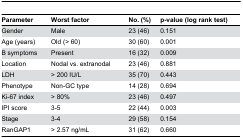
<table><thead><tr><td><b>Parameter</b></td><td><b>Worst factor</b></td><td><b>No. (%)</b></td><td><b>p-value (log rank test)</b></td></tr></thead><tbody><tr><td>Gender</td><td>Male</td><td>23 (46)</td><td>0.151</td></tr><tr><td>Age (years)</td><td>Old (&gt; 60)</td><td>30 (60)</td><td>0.001</td></tr><tr><td>B symptoms</td><td>Present</td><td>16 (32)</td><td>0.009</td></tr><tr><td>Location</td><td>Nodal vs. extranodal</td><td>23 (46)</td><td>0.881</td></tr><tr><td>LDH</td><td>&gt; 200 IU/L</td><td>35 (70)</td><td>0.443</td></tr><tr><td>Phenotype</td><td>Non-GC type</td><td>14 (28)</td><td>0.694</td></tr><tr><td>Ki-67 index</td><td>&gt; 80%</td><td>23 (46)</td><td>0.497</td></tr><tr><td>IPI score</td><td>3-5</td><td>22 (44)</td><td>0.003</td></tr><tr><td>Stage</td><td>3-4</td><td>29 (58)</td><td>0.154</td></tr><tr><td>RanGAP1</td><td>&gt; 2.57 ng/mL</td><td>31 (62)</td><td>0.660 </td></tr></tbody></table>